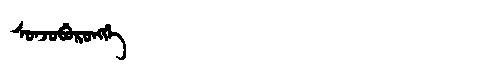
Manchu: ᠰᠣᠨᠵᠣᠪᡠᡵᠣᠩᡤᡝ
Romanization: SONJOBURONGGE